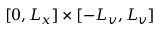
[ 0 , L _ { x } ] \times [ - L _ { v } , L _ { v } ]